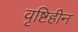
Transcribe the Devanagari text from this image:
वृष्टिहीन